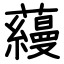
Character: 蘰